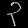
Digit: ၃